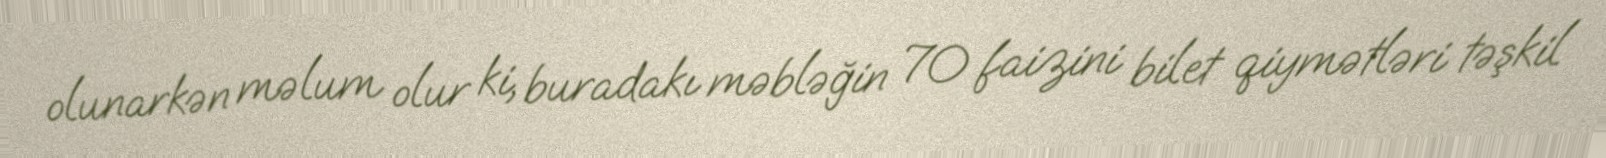
olunarkən məlum olur ki, buradakı məbləğin 70 faizini bilet qiymətləri təşkil